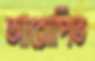
আরোপিত